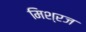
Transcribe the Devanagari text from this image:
मिश्रज